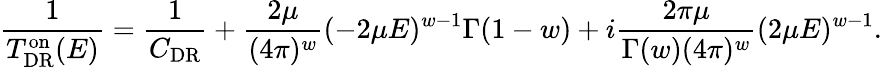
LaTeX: \frac{1}{T_{\mathrm{DR}}^{\mathrm{on}}(E)}=\frac{1}{C_{\mathrm{DR}}}+\frac{2\mu}{(4\pi)^{w}}(-2\mu E)^{w-1}\Gamma(1-w)+i\frac{2\pi\mu}{\Gamma(w)(4\pi)^{w}}(2\mu E)^{w-1}.